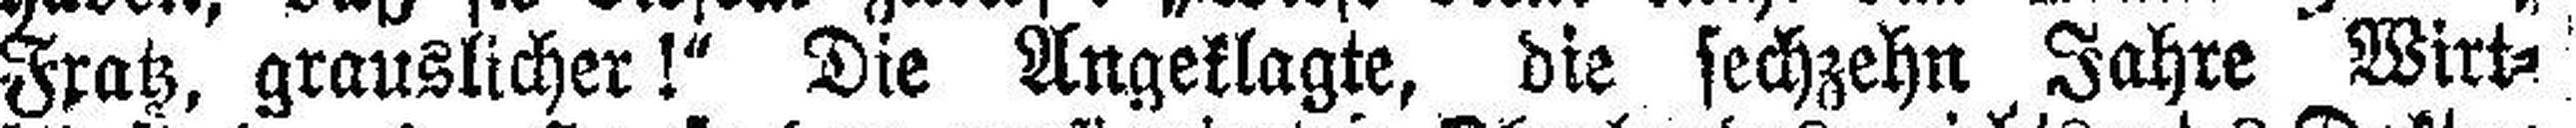
Fratz, grauslicher!“ Die Angeklagte, die sechzehn Jahre Wirt¬